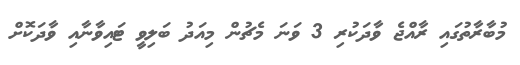
މުބާރާތުގައި ރާއްޖެ ވާދަކުރި 3 ވަނަ މެޗުން މިއަދު ބަލިވީ ޓައިވާނާއި ވާދަކޮށް